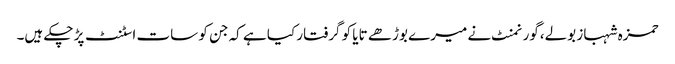
حمزہ شہباز بولے،گورنمنٹ نے میرے بوڑھے تایا کو گرفتار کیا ہے کہ جن کو سات اسٹنٹ پڑ چکے ہیں۔